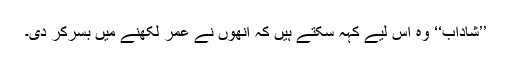
’’شاداب‘‘ وہ اس لیے کہہ سکتے ہیں کہ انھوں نے عمر لکھنے میں بسرکر دی۔